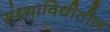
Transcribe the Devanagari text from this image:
संध्याविधीतील